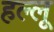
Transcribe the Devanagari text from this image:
हल्लू